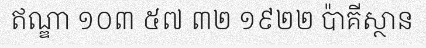
ឥណ្ឌា ១០៣ ៥៧ ៣២ ១៩២២ ប៉ាគីស្ថាន